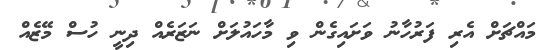
މައްޗަށް އެރި ފަރުހާނު ވަށައިގެން ވި މާހައުލަށް ނަޒަރެއް ދިނީ ހުސް މޭޒެއް